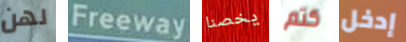
لهن Freeway يخصنا كتم إدخل